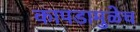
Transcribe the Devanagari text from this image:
कापडामुळेच